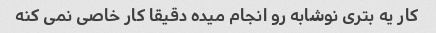
کار یه بتری نوشابه رو انجام میده دقیقا کار خاصی نمی کنه